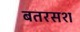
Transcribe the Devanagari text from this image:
बतरसश